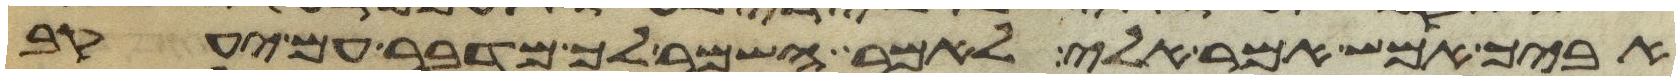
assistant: אביך אמש אמר אלי לאמר השמר לך מדבר עם יעקב